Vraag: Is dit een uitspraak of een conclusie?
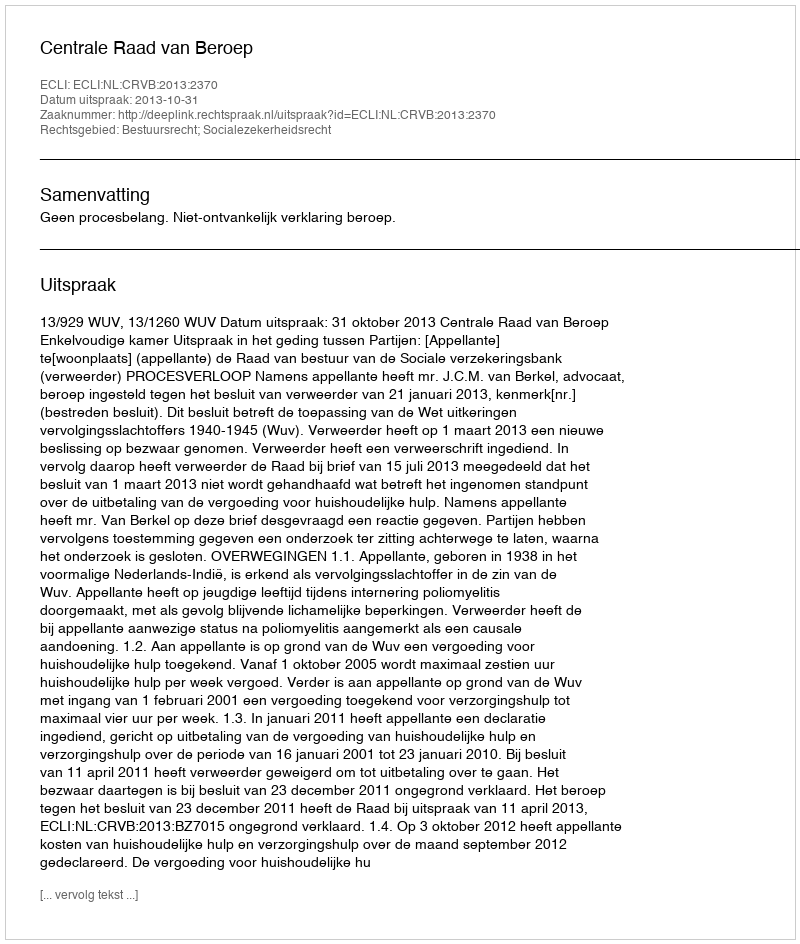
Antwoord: Uitspraak